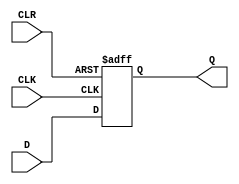
module d_flip_flop (
    input wire D,  // Data input
    input wire CLK,  // Clock input
    input wire CLR,  // Clear input
    output reg Q  // Output
);

always @(posedge CLK or negedge CLR) begin
    if (CLR == 0) begin
        Q <= 0;  // Clear output asynchronously
    end
    else begin
        Q <= D;  // Store data input on rising edge of clock
    end
end

endmodule